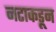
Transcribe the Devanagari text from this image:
नटाकडून